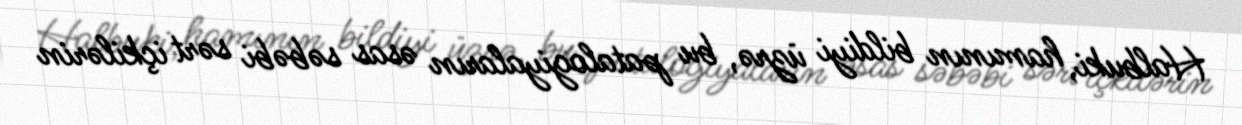
Halbuki, hamının bildiyi üzrə, bu patalogiyaların əsas səbəbi sərt içkilərin